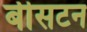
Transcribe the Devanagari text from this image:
बीसटन